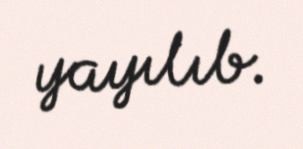
yayılıb.